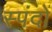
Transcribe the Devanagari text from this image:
स्‍पंदों